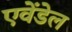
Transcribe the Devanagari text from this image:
एवेंडेल